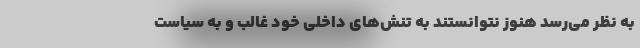
به نظر می‌رسد هنوز نتوانستند به تنش‌های داخلی خود غالب و به سیاست